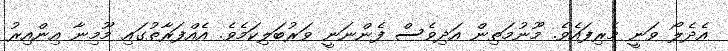
އެދެލޯ ވަނީ މެރިފައެވެ. މޫނުމަތިން އަދިވެސް ފެންނަނީ ވަރުބަލިކަމެވެ. އެއްފަރާތުގައި މޫމިނާ އިންއިރު